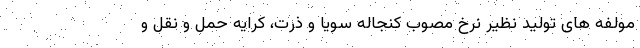
مولفه های تولید نظیر نرخ مصوب کنجاله سویا و ذرت، کرایه حمل و نقل و